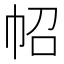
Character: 𢁾